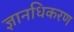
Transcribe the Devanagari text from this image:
ज्ञानधिकरण